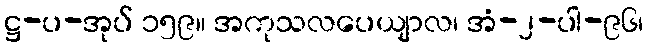
ဋ္ဌ-ပ-အုပ် ၁၅၉။ အကုသလပေယျာလ၊ အံ-၂-ပါ-၉၆၊